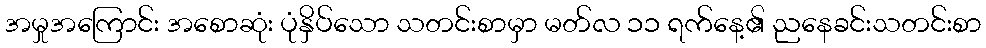
အမှုအကြောင်း အစောဆုံး ပုံနှိပ်သော သတင်းစာမှာ မတ်လ ၁၁ ရက်နေ့၏ ညနေခင်းသတင်းစာ